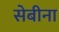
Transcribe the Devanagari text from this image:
सेबीना